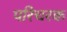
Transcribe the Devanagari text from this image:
परिचरक